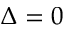
\Delta = 0